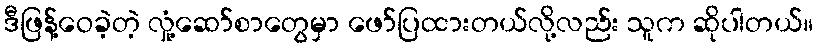
ဒီဖြန့်ဝေခဲ့တဲ့ လှုံ့ဆော်စာတွေမှာ ဖော်ပြထားတယ်လို့လည်း သူက ဆိုပါတယ်။